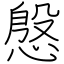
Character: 慇